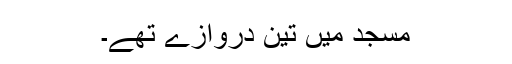
مسجد میں تین دروازے تھے۔